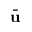
\bar { \bf u }